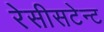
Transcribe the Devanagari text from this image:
रेसीसटेन्ट